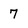
Character: 7